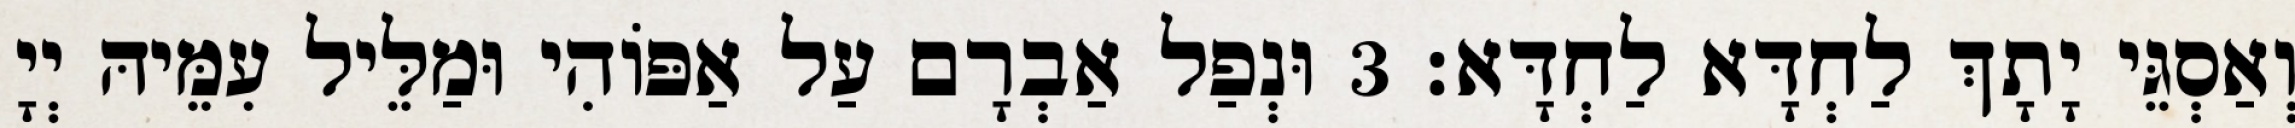
וְאַסְגֵּי יָתָךְ לַחְדָּא לַחְדָּא׃ 3 וּנְפַל אַבְרָם עַל אַפּוֹהִי וּמַלֵּיל עִמֵּיהּ יְיָ